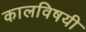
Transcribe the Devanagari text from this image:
कालविषयी